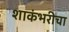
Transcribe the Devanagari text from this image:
शाकंभरीचा